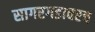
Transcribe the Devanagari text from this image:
सागरगडावरच